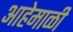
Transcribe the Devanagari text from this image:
आहेमाळी